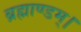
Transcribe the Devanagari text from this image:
ब्रह्माण्डम्।